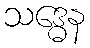
သဒ္ဓေန